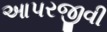
આપરજીવી